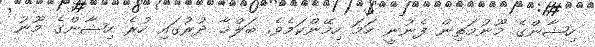
ހިޝާންގެ މޫނުމަތިން ފެނުނީ ހަމަ ހިމޭންކަމެވެ. ބަލްޚާ ދުރުގައި ހުރެ ހިޝާންގެ މޫނު